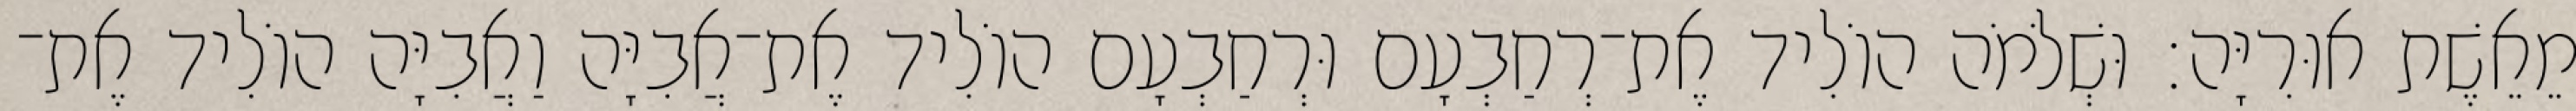
מֵאֵשֶׁת אוּרִיָּה׃ וּשְׁלֹמֹה הוֹלִיד אֶת־רְחַבְעָם וּרְחַבְעָם הוֹלִיד אֶת־אֲבִיָּה וַאֲבִיָּה הוֹלִיד אֶת־